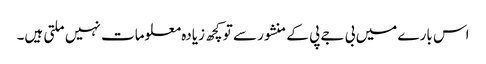
اس بارے میں بی جے پی کے منشور سے تو کچھ زیادہ معلومات نہیں ملتی ہیں۔